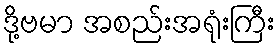
ဒို့ဗမာ အစည်းအရုံးကြီး